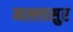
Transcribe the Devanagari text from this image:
मल्लासुर